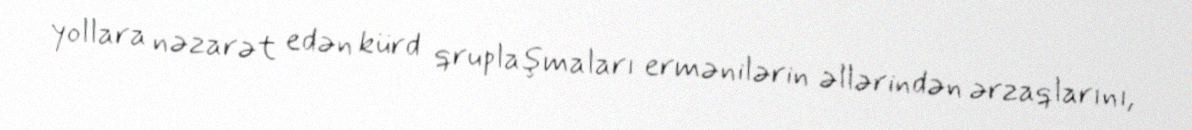
yollara nəzarət edən kürd qruplaşmaları ermənilərin əllərindən ərzaqlarını,